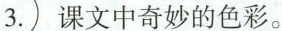
3.课文中奇妙的色彩。